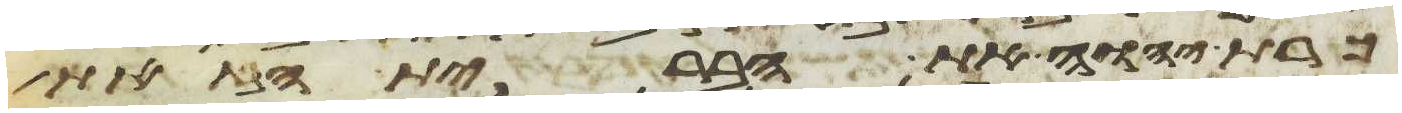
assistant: כרת יהוה את הברית הזאת